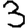
Digit: 3